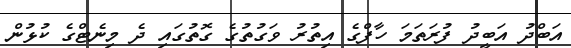
އަބްދު އަބީދު ފުރަތަމަ ހާފްގެ އިތުރު ވަގުތުގެ ގޮތުގައި ދެ މިނެޓްގެ ކުޅުން